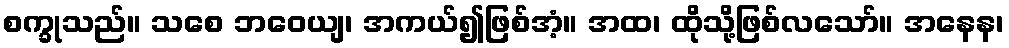
စက္ခုသည်။ သစေ ဘဝေယျ၊ အကယ်၍ဖြစ်အံ့။ အထ၊ ထိုသို့ဖြစ်လသော်။ အနေန၊